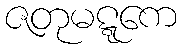
ဇတုမဋ္ဋကေ